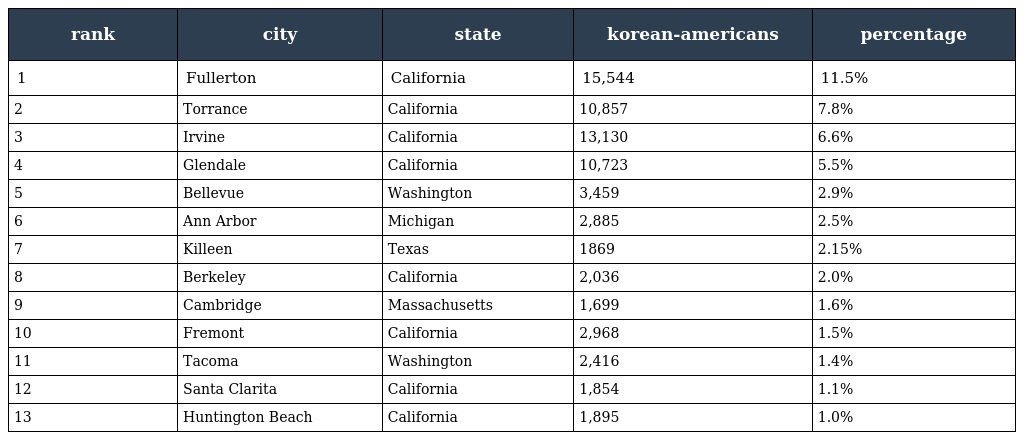
| rank | city | state | korean-americans | percentage |
 | --- | --- | --- | --- | --- |
 | 1 | Fullerton | California | 15,544 | 11.5% |
 | 2 | Torrance | California | 10,857 | 7.8% |
 | 3 | Irvine | California | 13,130 | 6.6% |
 | 4 | Glendale | California | 10,723 | 5.5% |
 | 5 | Bellevue | Washington | 3,459 | 2.9% |
 | 6 | Ann Arbor | Michigan | 2,885 | 2.5% |
 | 7 | Killeen | Texas | 1869 | 2.15% |
 | 8 | Berkeley | California | 2,036 | 2.0% |
 | 9 | Cambridge | Massachusetts | 1,699 | 1.6% |
 | 10 | Fremont | California | 2,968 | 1.5% |
 | 11 | Tacoma | Washington | 2,416 | 1.4% |
 | 12 | Santa Clarita | California | 1,854 | 1.1% |
 | 13 | Huntington Beach | California | 1,895 | 1.0% |